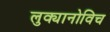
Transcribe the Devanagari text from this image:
लुक्यानोविच